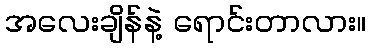
အလေးချိန်နဲ့ ရောင်းတာလား။